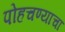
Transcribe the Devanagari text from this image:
पोहचण्याचा